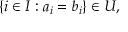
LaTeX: \left\{ i \in I : a _ { i } = b _ { i } \right\} \in U ,